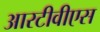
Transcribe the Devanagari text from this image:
आरटीवीएस